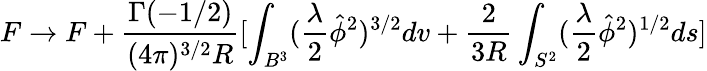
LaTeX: F\rightarrow F+\frac{\Gamma(-1/2)}{(4\pi)^{3/2}R}[\int_{B^{3}}(\frac{\lambda}{2}\hat{\phi}^{2})^{3/2}dv+\frac{2}{3R}\int_{S^{2}}(\frac{\lambda}{2}\hat{\phi}^{2})^{1/2}ds]